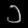
Digit: ၁